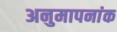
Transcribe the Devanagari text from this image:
अनुमापनांक